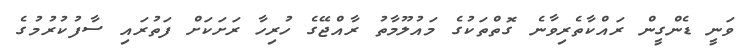
ވަނީ ޑެންގީން ރައްކާތެރިވާނެ ގޮތްތަކުގެ މައުލޫމާތު ރާއްޖޭގެ ހުރިހާ ރަށަކަށް ފަތުރައި ސާފުކުރުމުގެ